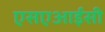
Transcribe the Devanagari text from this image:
एसएआईसी